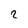
Character: 2